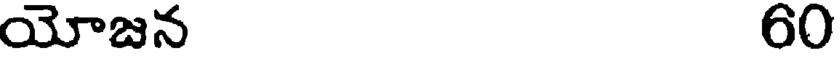
యోజన 60